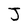
Character: J